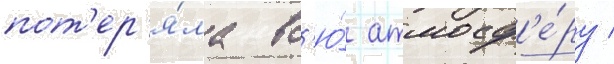
пот'ер'я́ла вс'ю́ атмосф'е́ру /